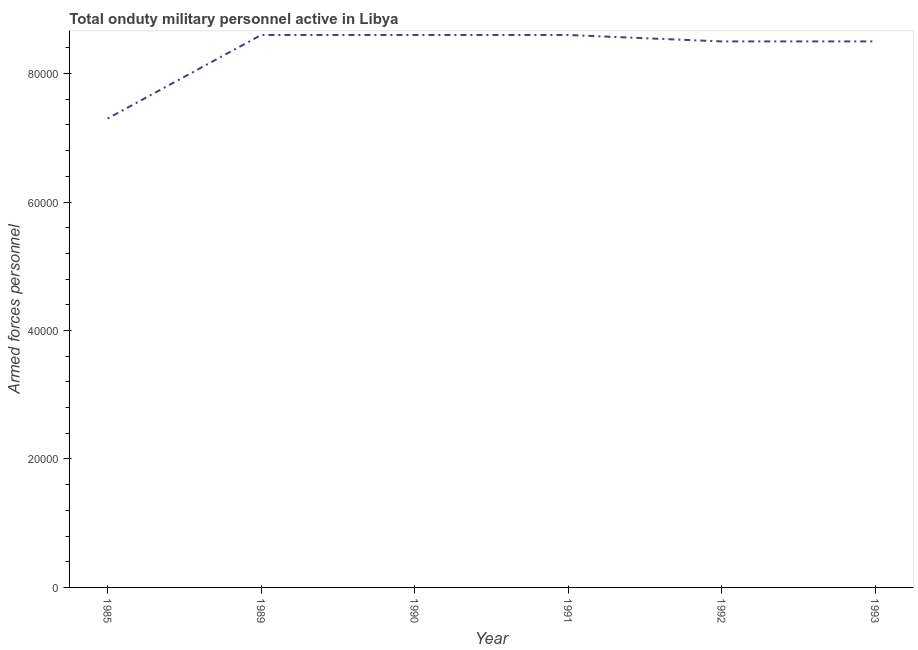
| Year | Armed forces personnel |
 | --- | --- |
 | 1985 | 7.3e+04 |
 | 1989 | 8.6e+04 |
 | 1990 | 8.6e+04 |
 | 1991 | 8.6e+04 |
 | 1992 | 8.5e+04 |
 | 1993 | 8.5e+04 |